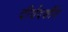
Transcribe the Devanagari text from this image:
दीर्घदर्शीय